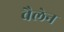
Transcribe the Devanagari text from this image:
वैलेन